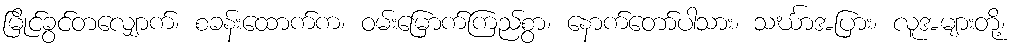
မြိုင်ခွင်တလျှောက်၊ စခန်းထောက်က၊ ဝမ်းမြောက်ကြည်စွာ၊ နောက်တော်ပါသား၊ သင်္ဃာအပြား၊ လူအများတို့၊